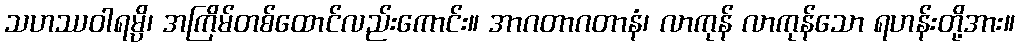
သဟဿဝါရမ္ပိ၊ အကြိမ်တစ်ထောင်လည်းကောင်း။ အာဂတာဂတာနံ၊ လာကုန် လာကုန်သော ရဟန်းတို့အား။